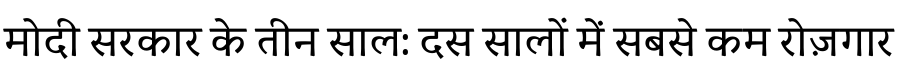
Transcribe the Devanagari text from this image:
मोदी सरकार के तीन साल: दस सालों में सबसे कम रोज़गार